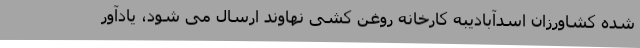
شده کشاورزان اسدآبادیبه کارخانه روغن کشی نهاوند ارسال می شود، یادآور